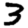
Digit: 3